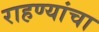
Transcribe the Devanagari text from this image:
राहण्यांचा